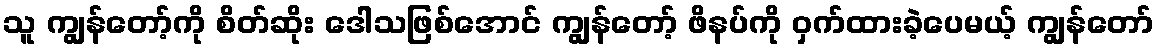
သူ ကျွန်တော့်ကို စိတ်ဆိုး ဒေါသဖြစ်အောင် ကျွန်တော့် ဖိနပ်ကို ဝှက်ထားခဲ့ပေမယ့် ကျွန်တော်